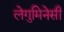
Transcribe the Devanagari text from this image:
लेगुमिनेसी